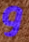
و